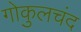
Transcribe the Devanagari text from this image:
गोकुलचंद